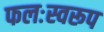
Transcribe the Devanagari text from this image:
फलःस्वरूप